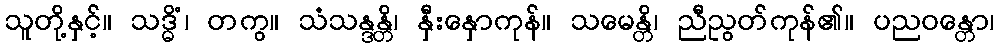
သူတို့နှင့်။ သဒ္ဓိံ၊ တကွ။ သံသန္ဒန္တိ၊ နှီးနှောကုန်။ သမေန္တိ၊ ညီညွတ်ကုန်၏။ ပညဝန္တော၊